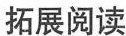
拓展阅读